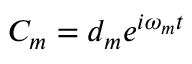
C _ { m } = d _ { m } e ^ { i \omega _ { m } t }